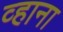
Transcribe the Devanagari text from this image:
व्हाना